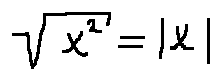
\sqrt { x ^ { 2 } } = | x |